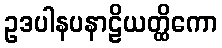
ဥဒပါနပနာဠိယတ္ထိကော